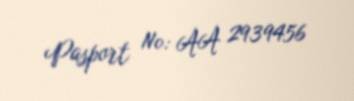
Pasport №: AA 2939456